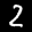
Label: 2